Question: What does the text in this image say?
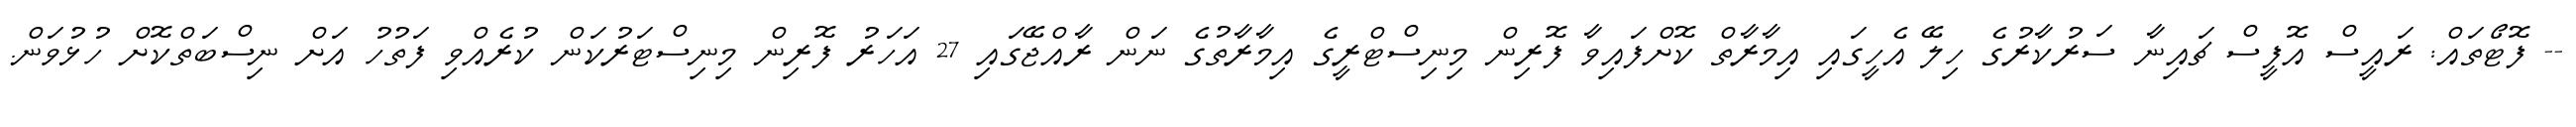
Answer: -- ފޮޓޯތައް: ރައީސް އޮފީސް ޗައިނާ ސަރުކާރުގެ ހިލޭ އެހީގައި އިމާރާތް ކޮށްފައިވާ ފޮރިން މިނިސްޓްރީގެ އިމާރާތުގެ ނަން ރާއްޖޭގައި 27 އަހަރު ފޮރިން މިނިސްޓަރުކަން ކުރެއްވި ފަތުހު އަށް ނިސްބަތްކޮށް ހުޅުވަން.